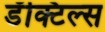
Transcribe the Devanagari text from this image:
डॅक्टिल्स